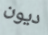
ديون